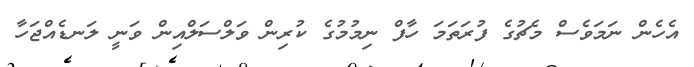
އެހެން ނަމަވެސް މެޗުގެ ފުރަތަމަ ހާފް ނިމުމުގެ ކުރިން ވަލްސަލްއިން ވަނީ ލަނޑެއްޖަހާ